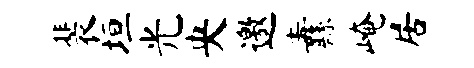
裴垣光央邀纛崦居